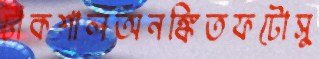
টাঁকশালঅনঙ্কিতফটোসু